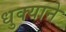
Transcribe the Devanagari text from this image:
धुक्याने